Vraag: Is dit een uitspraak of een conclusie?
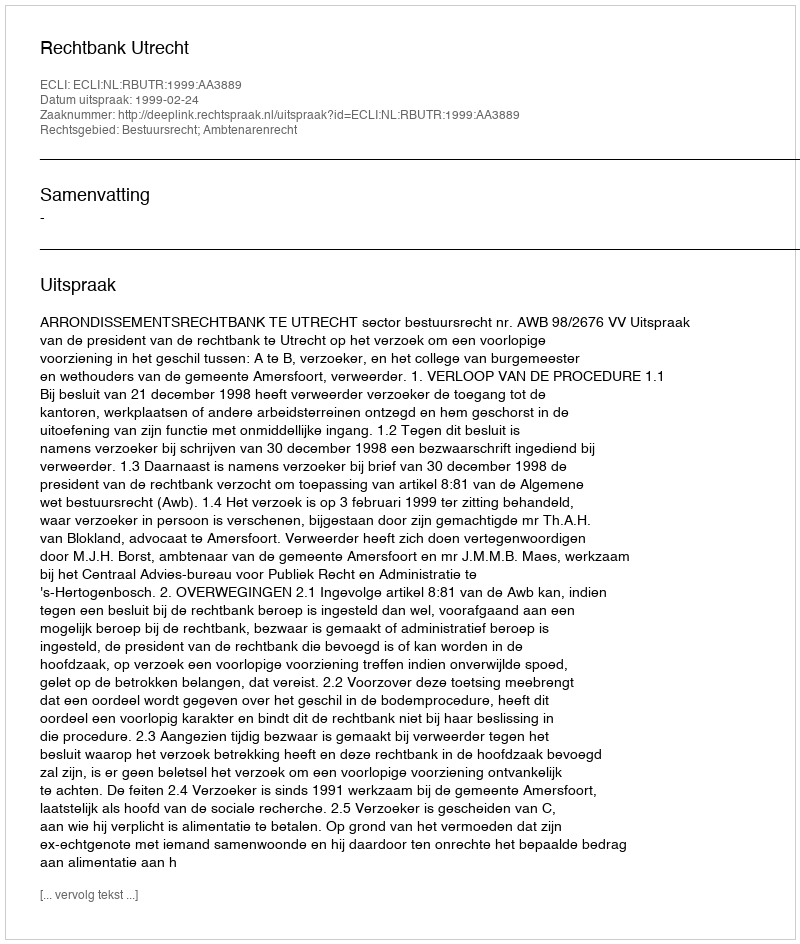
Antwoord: Uitspraak